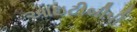
આઇટીબીપી